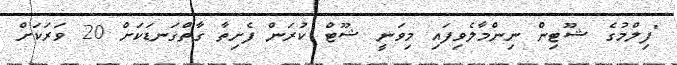
"ފިލްމުގެ ޝޫޓިން ނިންމާލެވިފައި މިވަނީ ޝޫޓް ކުރަން ފެށިތާ ގާތްގަނޑަކަށް 20 ވަރަކަށް